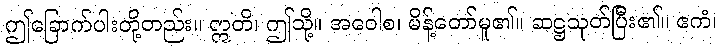
ဤခြောက်ပါးတို့တည်း။ ဣတိ၊ ဤသို့။ အဝေါစ၊ မိန့်တော်မူ၏။ ဆဋ္ဌသုတ်ပြီး၏။ ဧကံ၊